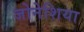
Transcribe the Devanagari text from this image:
जोनेशिया